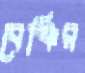
বেঞ্চির